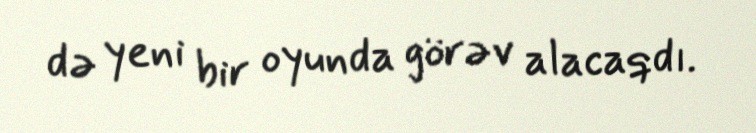
də yeni bir oyunda görəv alacaqdı.